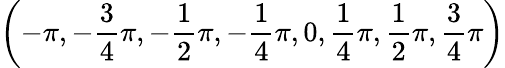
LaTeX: \left(-\pi,-\frac{3}{4}\pi,-\frac{1}{2}\pi,-\frac{1}{4}\pi,0,\frac{1}{4}\pi,\frac{1}{2}\pi,\frac{3}{4}\pi\right)